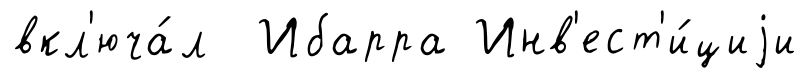
вкл'юча́л Ибарра Инв'ест'и́циjи